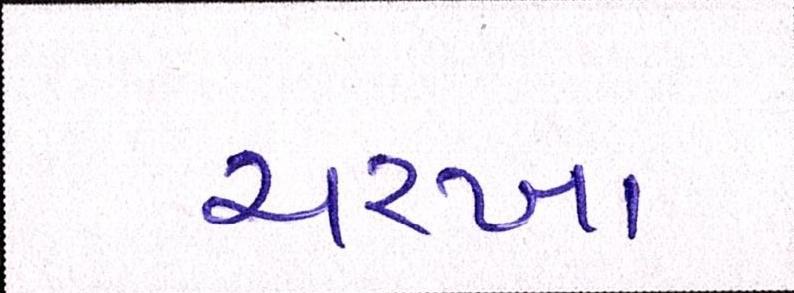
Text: ચરખા